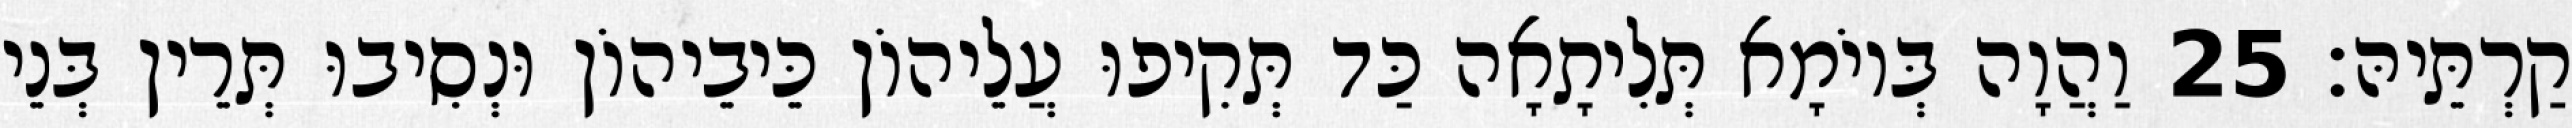
קַרְתֵּיהּ׃ 25 וַהֲוָה בְּיוֹמָא תְּלִיתָאָה כַּד תְּקִיפוּ עֲלֵיהוֹן כֵּיבֵיהוֹן וּנְסִיבוּ תְּרֵין בְּנֵי